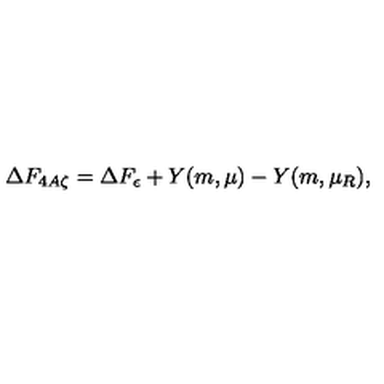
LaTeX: \Delta F _ { 4 A \zeta } = \Delta F _ { \epsilon } + Y ( m , \mu ) - Y ( m , \mu _ { R } ) ,